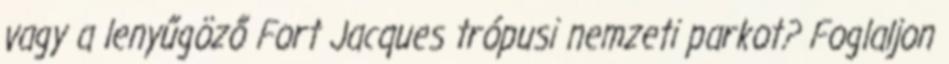
vagy a lenyűgöző Fort Jacques trópusi nemzeti parkot? Foglaljon